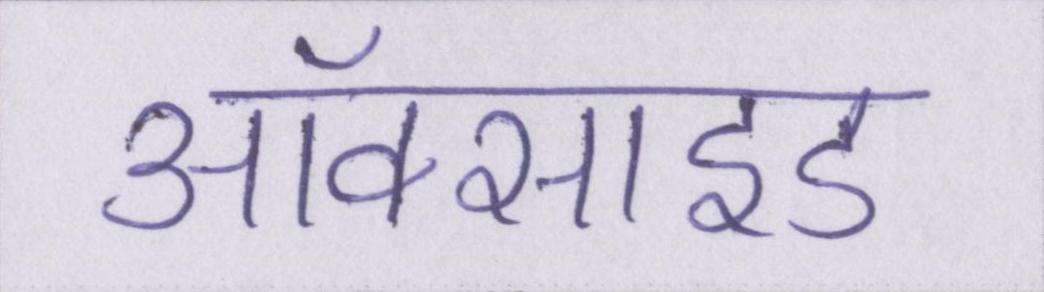
ऑक्साइड